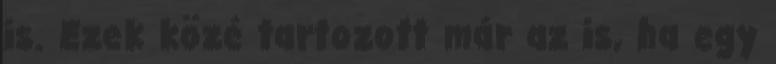
is. Ezek közé tartozott már az is, ha egy